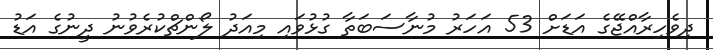
ދިވެހިރާއްޖޭގެ އަޑަށް 53 އަހަރު މުނާސަބަތާ ގުޅުވައި މިއަދު ލޯންޗްކުރެވުނު ދީނުގެ އަޑު